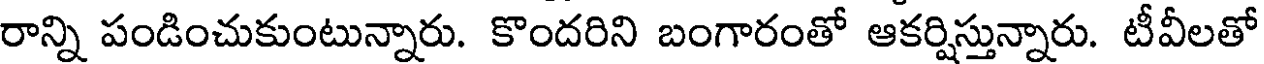
రాన్ని పండించుకుంటున్నారు. కొందరిని బంగారంతో ఆకర్షిస్తున్నారు. టీవీలతో